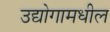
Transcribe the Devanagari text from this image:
उद्योगामधील